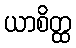
ယာစိတ္ထ